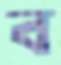
ব